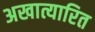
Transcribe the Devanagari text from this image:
अखात्यारित